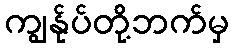
ကျွန်ုပ်တို့ဘက်မှ